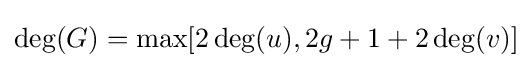
\deg(G)=\max[2\deg(u),2g+1+2\deg(v)]